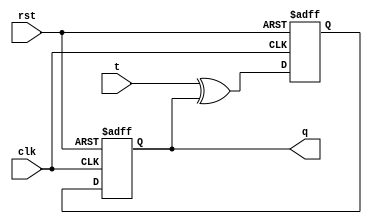
module t_ff_asynchronous (
    input wire clk,
    input wire rst,
    input wire t,
    output reg q
);

reg d1, d2;

assign d1 = t ^ q; // XOR gate implementation

always @(posedge clk or posedge rst) begin
    if (rst) begin
        d2 <= 1'b0;
        q <= 1'b0;
    end else begin
        d2 <= d1;
        q <= d2;
    end
end

endmodule